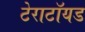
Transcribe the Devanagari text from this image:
टेराटॉयड